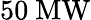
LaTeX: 50~\mathrm{MW}